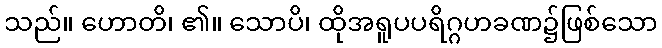
သည်။ ဟောတိ၊ ၏။ သောပိ၊ ထိုအရူပပရိဂ္ဂဟခဏ၌ဖြစ်သော